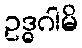
ဥဒ္ဓဂါမိ